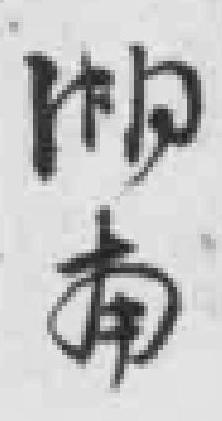
湖南